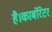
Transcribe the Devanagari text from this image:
है।कार्बोरेटर